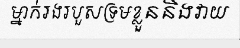
ម្នាក់រងរបួសទ្រមខ្លួននិងវាយ